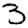
Digit: 3